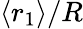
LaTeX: \langle r_{1}\rangle/R